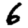
Digit: 6